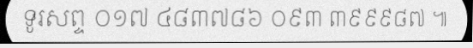
ទូរសព្ទ ០១៧ ៤៨៣៧៨៦ ០៩៣ ៣៩៩៩៨៧ ៕